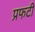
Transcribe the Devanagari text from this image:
प्रफटी